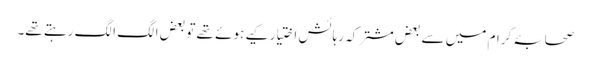
صحابۂ کرام میں سے بعض مشترکہ رہائش اختیار کیے ہوئے تھے تو بعض الگ الگ رہتے تھے۔